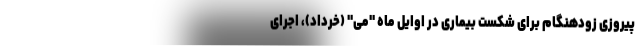
پیروزی زودهنگام برای شکست بیماری در اوایل ماه "می" (خرداد)، اجرای